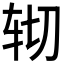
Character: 𰹹